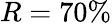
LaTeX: R=70\%